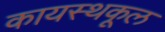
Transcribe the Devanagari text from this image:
कायस्थकूल